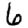
Digit: 6